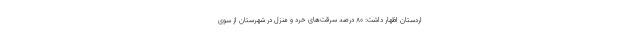
اردستان اظهار داشت: ۸۰ درصد سرقت‌های خرد و منزل در شهرستان از سوی